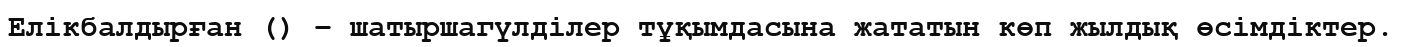
Елікбалдырған () – шатыршагүлділер тұқымдасына жататын көп жылдық өсімдіктер.